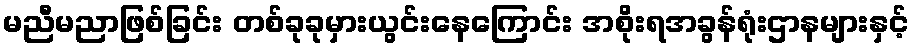
မညီမညာဖြစ်ခြင်း တစ်ခုခုမှားယွင်းနေကြောင်း အစိုးရအခွန်ရုံးဌာနများနှင့်